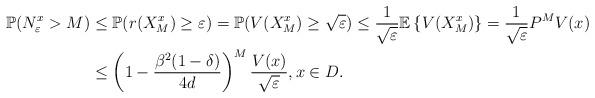
LaTeX: \begin{align*} \mathbb{P}(N_\varepsilon^{x}> M)&\leq \mathbb{P}(r(X^{x}_M)\geq \varepsilon)=\mathbb{P}(V(X^{x}_M)\geq \sqrt{\varepsilon}) \leq \frac{1}{\sqrt{\varepsilon}}\mathbb{E} \left\{ V(X^{x}_M)\right\} =\frac{1}{\sqrt{\varepsilon}}P^MV(x)\\ &\leq \left(1-\frac{\beta^2(1-\delta)}{4d}\right)^M \frac{V(x)}{\sqrt{\varepsilon}}, x\in D.\end{align*}